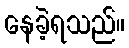
နေခဲ့ရသည်။